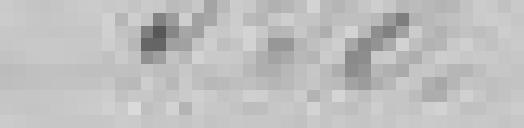
350